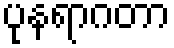
ပုနရာဂတာ